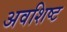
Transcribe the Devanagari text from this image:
अवशिष्‍ट